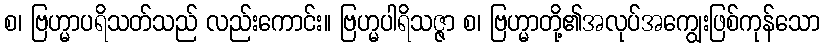
စ၊ ဗြဟ္မာပရိသတ်သည် လည်းကောင်း။ ဗြဟ္မပါရိသဇ္ဇာ စ၊ ဗြဟ္မာတို့၏အလုပ်အကျွေးဖြစ်ကုန်သော